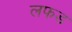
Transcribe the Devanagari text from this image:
लफड